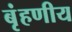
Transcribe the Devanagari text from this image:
बृंहणीय